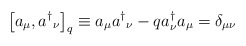
\begin{align*}{}\left[ a_\mu, a{^\dagger}{_\nu} \right]_q \equiv a_\mu a{^\dagger}_\nu -q a^{\dagger}_{\nu}a_{\mu}= \delta_{\mu \nu}\end{align*}